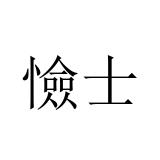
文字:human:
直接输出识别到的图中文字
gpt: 憸士